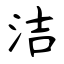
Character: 洁